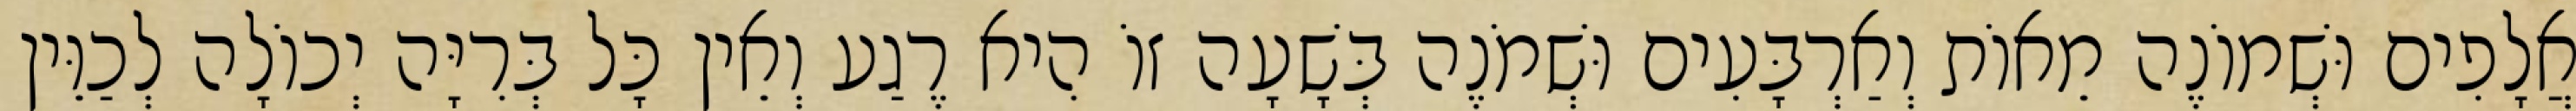
אֲלָפִים וּשְׁמוֹנֶה מֵאוֹת וְאַרְבָּעִים וּשְׁמֹנֶה בְּשָׁעָה זוֹ הִיא רֶגַע וְאֵין כָּל בְּרִיָּה יְכוֹלָה לְכַוֵּין